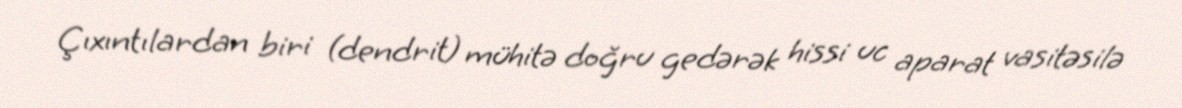
Çıxıntılardan biri (dendrit) mühitə doğru gedərək hissi uc aparat vasitəsilə